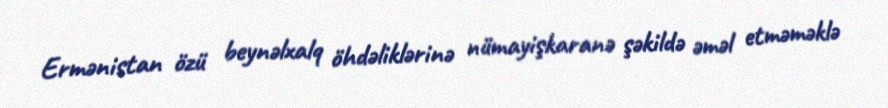
Ermənistan özü beynəlxalq öhdəliklərinə nümayişkaranə şəkildə əməl etməməklə